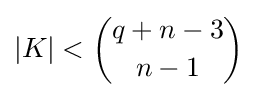
|K|<{q+n-3 \choose n-1}